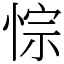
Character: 悰